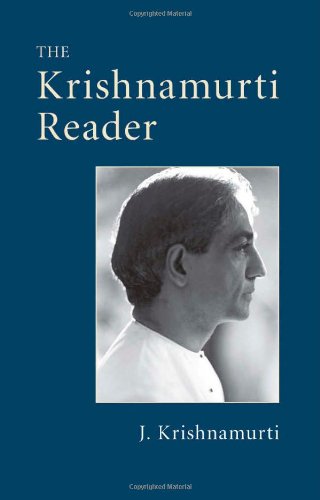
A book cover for The Krishnamurti Reader; J. Krishnamurti; Religion & Spirituality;